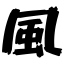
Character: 風